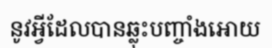
នូវអ្វីដែលបានឆ្លុះបញ្ចាំងអោយ